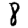
Digit: 8